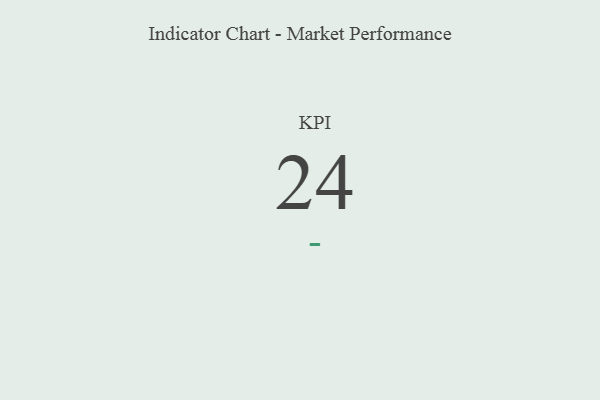
{"axis": {"x": "KPI", "y": "Value"}, "legend": [""], "data": [{"x": "KPI", "y": 24, "type": ""}]}